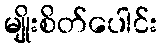
မျိုးစိတ်ပေါင်း